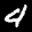
Label: 4